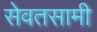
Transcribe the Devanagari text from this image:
सेवतसामी